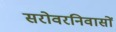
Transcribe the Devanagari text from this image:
सरोवरनिवासों